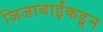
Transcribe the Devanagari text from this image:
जिजाबाईंकडून